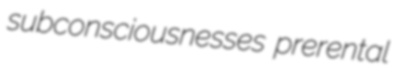
subconsciousnesses prerental